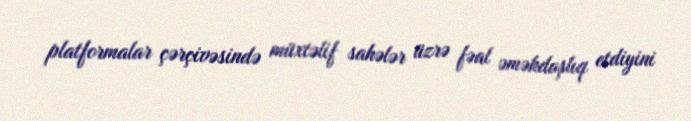
platformalar çərçivəsində müxtəlif sahələr üzrə fəal əməkdaşlıq etdiyini